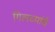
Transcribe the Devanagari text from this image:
गिलच्यांचे